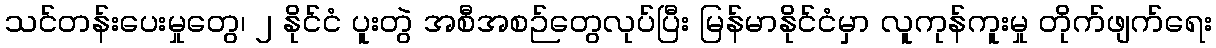
သင်တန်းပေးမှုတွေ၊ ၂ နိုင်ငံ ပူးတွဲ အစီအစဉ်တွေလုပ်ပြီး မြန်မာနိုင်ငံမှာ လူကုန်ကူးမှု တိုက်ဖျက်ရေး